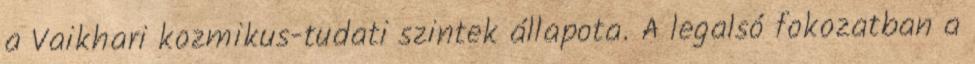
a Vaikhari kozmikus-tudati szintek állapota. A legalsó fokozatban a